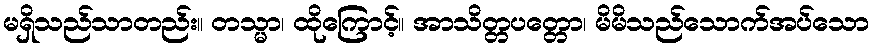
မရှိသည်သာတည်း။ တသ္မာ၊ ထိုကြောင့်။ အာသိတ္တပတ္တော၊ မိမိသည်သောက်အပ်သော